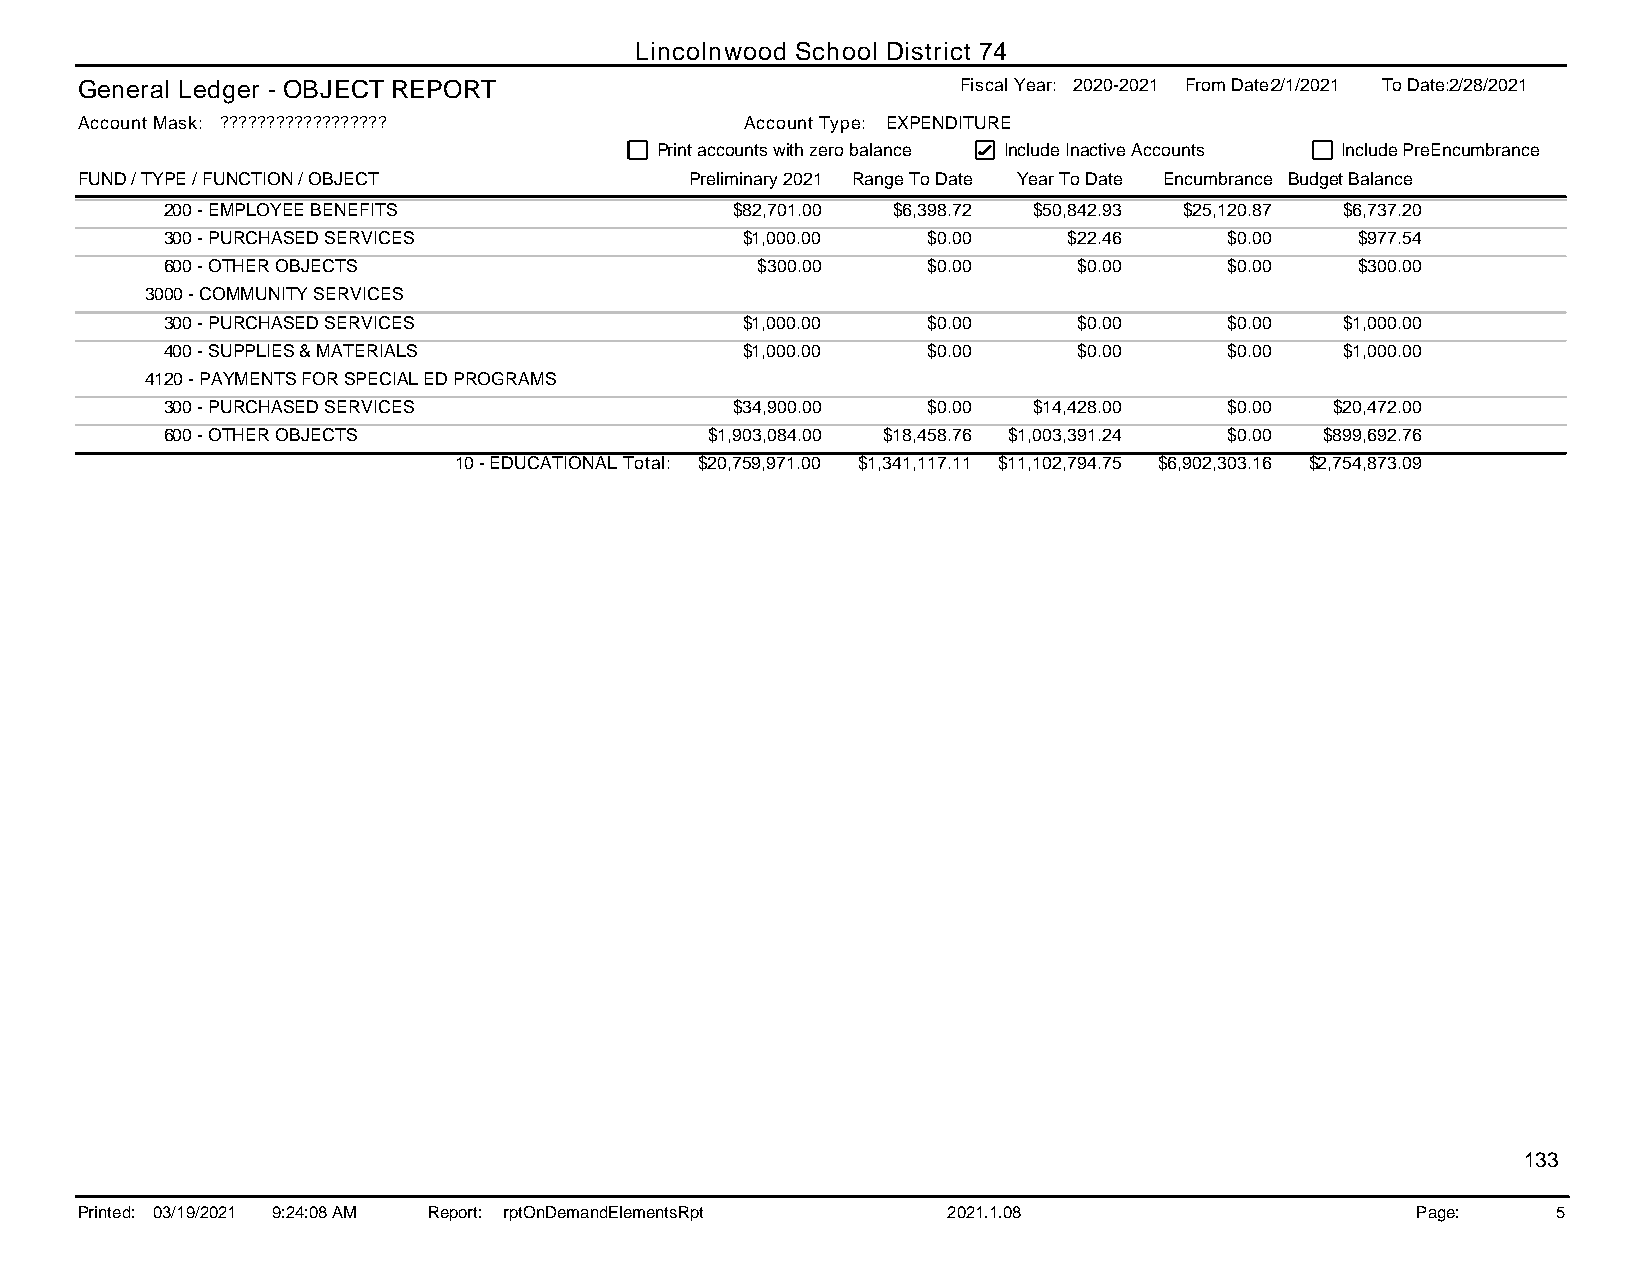
Lincolnwood School District 74
 General Ledger - OBJECT REPORT                             Fiscal Year: 2020-2021 From Date:2/1/2021 To Date:2/28/2021
 Account Mask: ??????????????????            Account Type: EXPENDITURE
 Print accounts with zero balance Include Inactive Accounts Include PreEncumbrance
 FUND / TYPE / FUNCTION / OBJECT          Preliminary 2021 Range To Date Year To Date Encumbrance Budget Balance
 200 - EMPLOYEE BENEFITS              $82,701.00 $6,398.72 $50,842.93 $25,120.87 $6,737.20
 300 - PURCHASED SERVICES              $1,000.00   $0.00     $22.46    $0.00    $977.54
 600 - OTHER OBJECTS                    $300.00    $0.00     $0.00     $0.00    $300.00
 3000 - COMMUNITY SERVICES
 300 - PURCHASED SERVICES              $1,000.00   $0.00     $0.00     $0.00   $1,000.00
 400 - SUPPLIES & MATERIALS            $1,000.00   $0.00     $0.00     $0.00   $1,000.00
 4120 - PAYMENTS FOR SPECIAL ED PROGRAMS
 300 - PURCHASED SERVICES             $34,900.00   $0.00  $14,428.00   $0.00  $20,472.00
 600 - OTHER OBJECTS                 $1,903,084.00 $18,458.76 $1,003,391.24 $0.00 $899,692.76
 10 - EDUCATIONAL Total: $20,759,971.00 $1,341,117.11 $11,102,794.75 $6,902,303.16 $2,754,873.09
 133
 Printed: 03/19/2021 9:24:08 AM Report: rptOnDemandElementsRpt 2021.1.08                  Page:    5